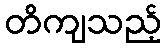
တိကျသည့်